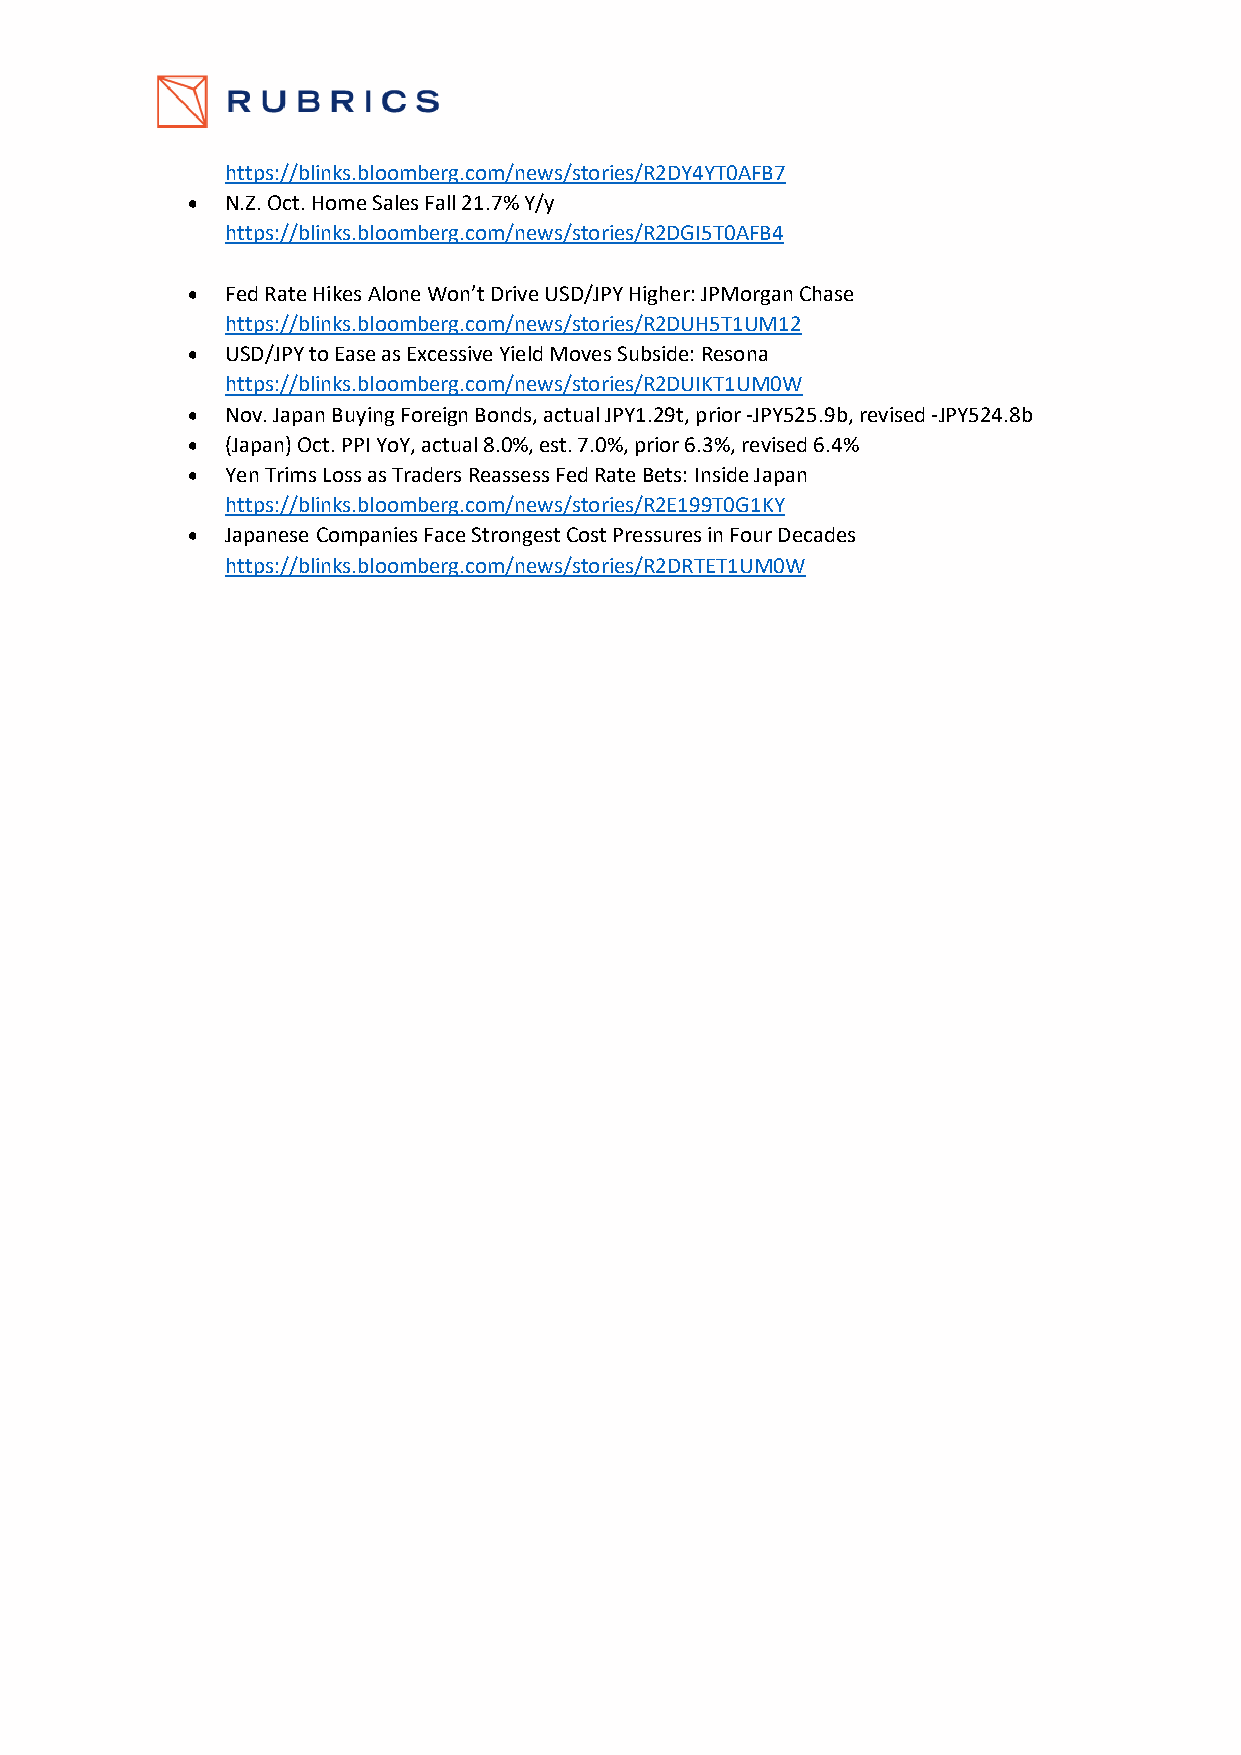
https://blinks.bloomberg.com/news/stories/R2DY4YT0AFB7
 •  N.Z. Oct. Home Sales Fall 21.7% Y/y
 https://blinks.bloomberg.com/news/stories/R2DGI5T0AFB4
 •  Fed Rate Hikes Alone Won’t Drive USD/JPY Higher: JPMorgan Chase
 https://blinks.bloomberg.com/news/stories/R2DUH5T1UM12
 •  USD/JPY to Ease as Excessive Yield Moves Subside: Resona
 https://blinks.bloomberg.com/news/stories/R2DUIKT1UM0W
 •  Nov. Japan Buying Foreign Bonds, actual JPY1.29t, prior -JPY525.9b, revised -JPY524.8b
 •  (Japan) Oct. PPI YoY, actual 8.0%, est. 7.0%, prior 6.3%, revised 6.4%
 •  Yen Trims Loss as Traders Reassess Fed Rate Bets: Inside Japan
 https://blinks.bloomberg.com/news/stories/R2E199T0G1KY
 •  Japanese Companies Face Strongest Cost Pressures in Four Decades
 https://blinks.bloomberg.com/news/stories/R2DRTET1UM0W